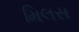
મિલસ